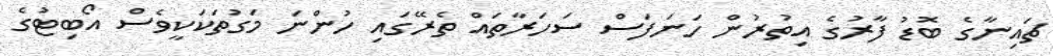
ޗައިނާގެ ބޮޑު ފާރުގެ އިތުރުން ހަނަފަސް ސަހަރާތައް ތެރޭގައި ހުންނަ މަގުތަކަކީވެސް އޯބިޓުގެ